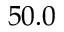
5 0 . 0